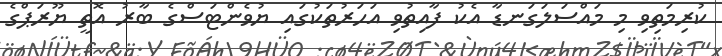
ކުރިމަތިވި މި މައްސަލަގަނޑާ އެކު ފާއިތުވި އަހަރުތަކުގައި ޔުވެންޓަސްގެ ބާރު އޮތީ ޔޫރަޕްގެ